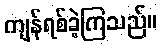
ကျန်ရစ်ခဲ့ကြသည်။